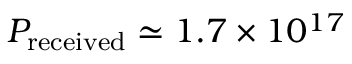
P _ { \mathrm { r e c e i v e d } } \simeq 1 . 7 \times 1 0 ^ { 1 7 }